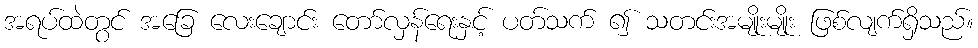
အရပ်ထဲတွင် အခြေ လေးချောင်း တော်လှန်ရေးနှင့် ပတ်သက် ၍ သတင်းအမျိုးမျိုး ဖြစ်လျက်ရှိသည်။